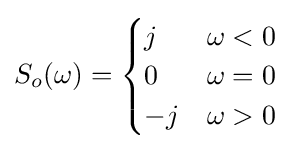
S_{o}(\omega )={\begin{cases}j&\omega <0\\0&\omega =0\\-j&\omega >0\end{cases}}